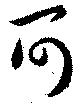
可